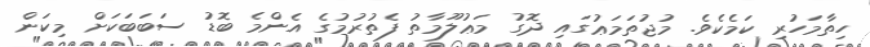
ހިތާމަހުރި ކަމެކެވެ. މުޖުތަމަޢުގައި ދޮގު މަޢުލޫމާތު ފެތުރުމުގެ އެންމެ ބޮޑު ސަބަބަކަށް މިކަން